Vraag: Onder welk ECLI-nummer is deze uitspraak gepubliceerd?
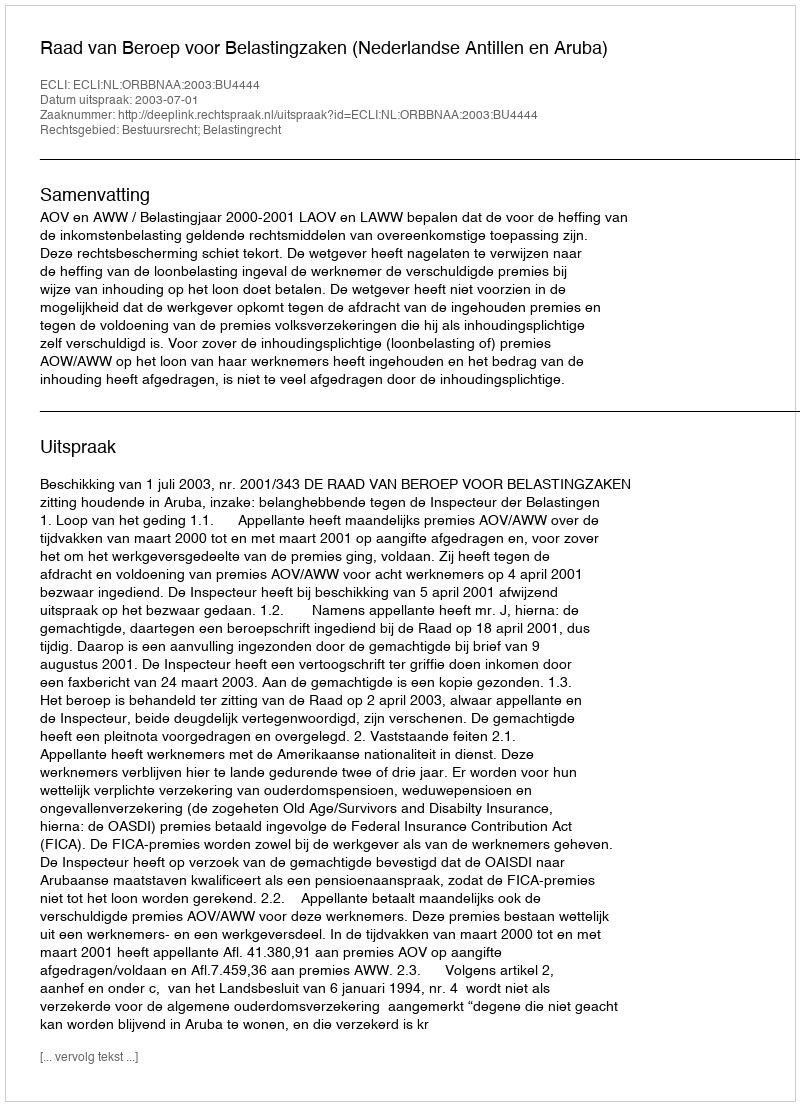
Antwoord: ECLI:NL:ORBBNAA:2003:BU4444